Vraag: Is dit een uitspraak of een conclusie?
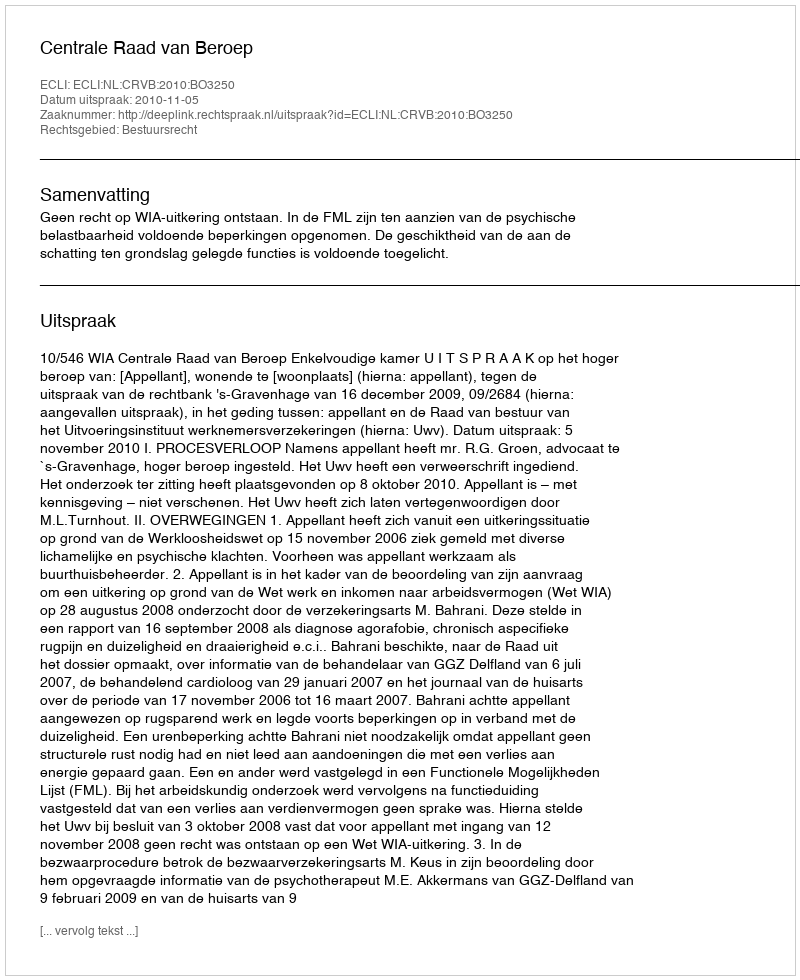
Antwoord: Uitspraak